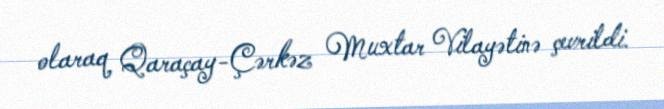
olaraq Qaraçay-Çərkəz Muxtar Vilayətinə çevrildi.